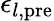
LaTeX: \epsilon_{l,\mathrm{pre}}